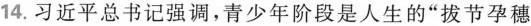
14.习近平总书记强调，青少年阶段是人生的”拔节孕穗